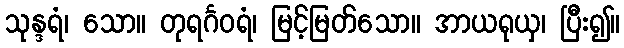
သုန္ဒရံ၊ သော။ တုရင်္ဂဝရံ၊ မြင့်မြတ်သော။ အာယရုယှ၊ ပြီး၍။